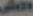
الكل